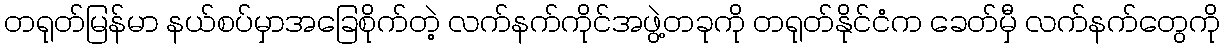
တရုတ်မြန်မာ နယ်စပ်မှာအခြေစိုက်တဲ့ လက်နက်ကိုင်အဖွဲ့တခုကို တရုတ်နိုင်ငံက ခေတ်မှီ လက်နက်တွေကို